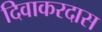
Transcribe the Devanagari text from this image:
दिवाकरदास